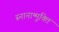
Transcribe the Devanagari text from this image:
स्नानान्मुक्ति